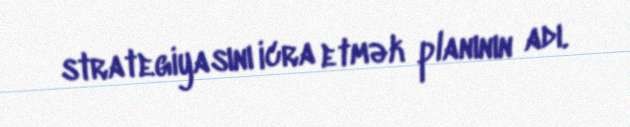
strategiyasını icra etmək planının adı.